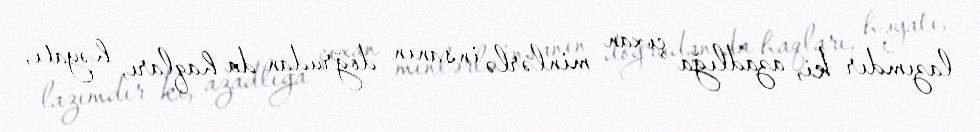
lazımdır ki, azadlığa çıxan minlərlə insanın doğrudan da haqları, həyatı,